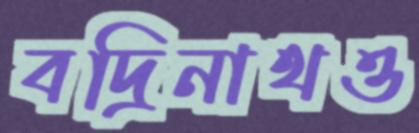
বদ্রিনাথও